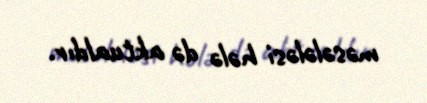
məsələləsi hələ də aktualdır.